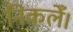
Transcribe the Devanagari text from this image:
निकलेँ।